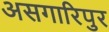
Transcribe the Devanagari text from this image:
असगारिपुर